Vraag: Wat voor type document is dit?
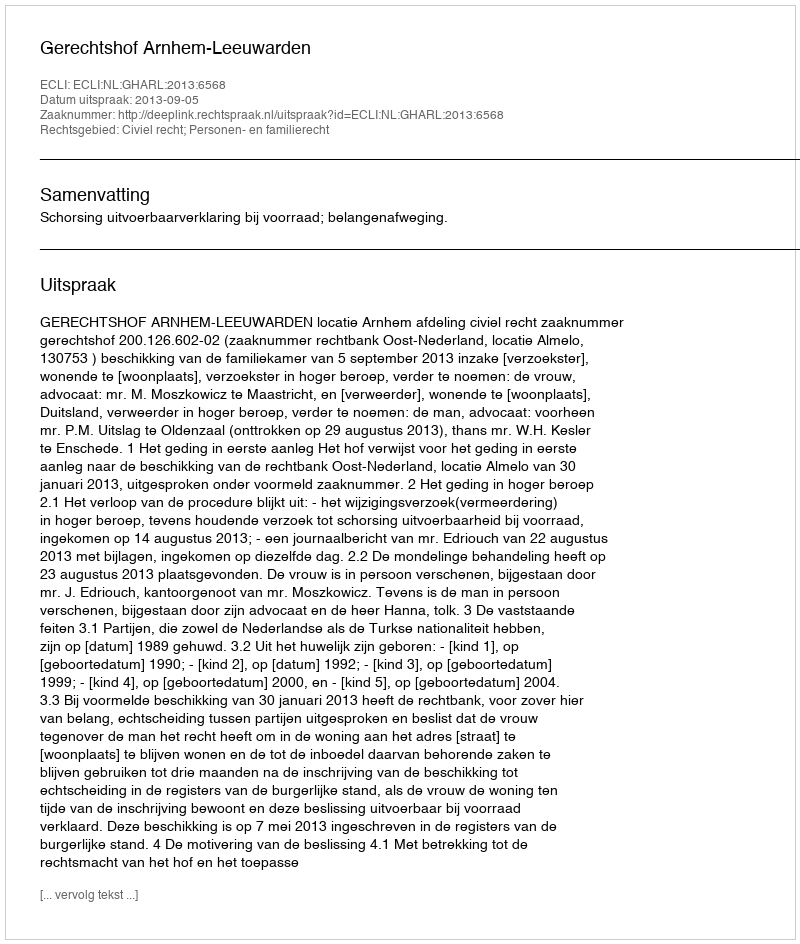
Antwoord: Uitspraak